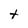
Character: t